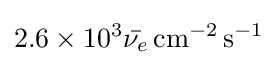
2.6\times 10^{3}{\bar {\nu _{e}}}\,\mathrm {cm} ^{-2}\,\mathrm {s} ^{-1}